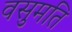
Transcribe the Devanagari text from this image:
वसुमति